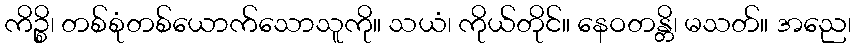
ကိဉ္စိ၊ တစ်စုံတစ်ယောက်သောသူကို။ သယံ၊ ကိုယ်တိုင်။ နေဝတန္တိ၊ မသတ်။ အညေ၊